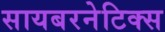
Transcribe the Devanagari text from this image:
सायबरनेटिक्स